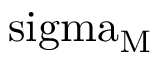
\mathrm { \ s i g m a _ { M } }